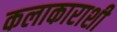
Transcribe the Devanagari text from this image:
कलाकाराशी